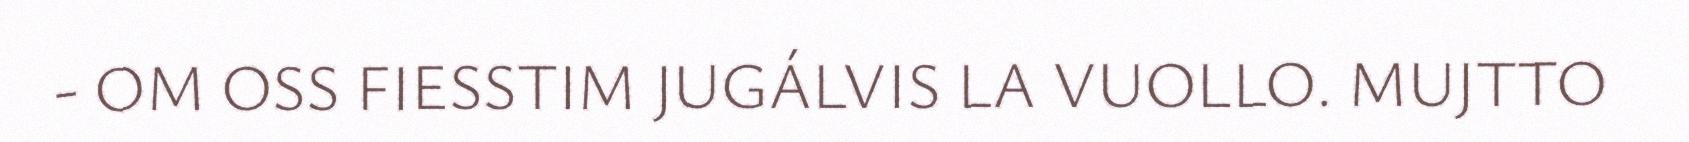
- OM OSS FIESSTIM JUGÁLVIS LA VUOLLO. MUJTTO